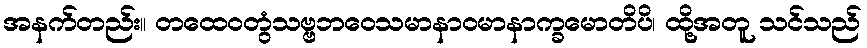
အနက်တည်း။ တထေဝတွံသဗ္ဗဘဝေသမာနာဝမာနာက္ခမောတိပိ၊ ထို့အတူ သင်သည်